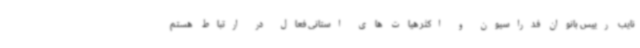
نایب رییس بانوان فدراسیون و اکثر هیات های استانی فعال در ارتباط هستم